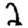
Digit: 2